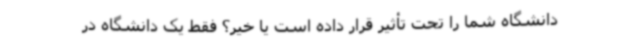
دانشگاه شما را تحت تأثیر قرار داده است یا خیر؟ فقط یک دانشگاه در